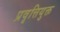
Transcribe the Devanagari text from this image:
प्रवृत्तियुक्त